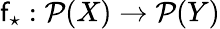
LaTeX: \mathsf{f}_{\star}:{\mathcal{{P}}}(X)\rightarrow{\mathcal{{P}}}(Y)